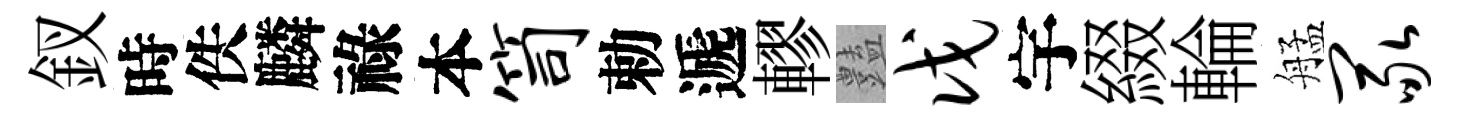
釵時佚麟祿本笥勅遞轇𧰟戊宇綴輪艋冢